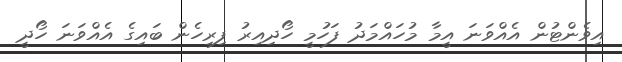
އިވެންޓުން އެއްވަނަ އީމާ މުހައްމަދު ފަހުމީ ހޯދިއިރު ފިރިހެން ބައިގެ އެއްވަނަ ހޯދީ